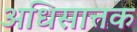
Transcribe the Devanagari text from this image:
अधिसात्तक